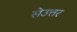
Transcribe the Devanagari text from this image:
सेउत्तर